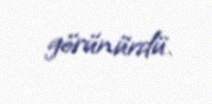
görünürdü.